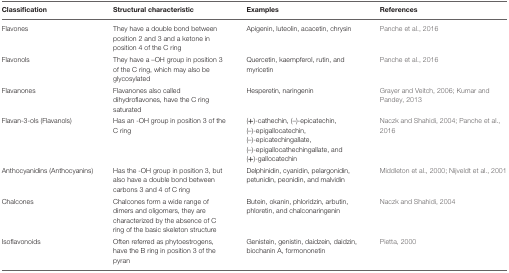
| Classification | Structural characteristic | Examples | References |
 | --- | --- | --- | --- |
 | Flavones | They have a double bond between position 2 and 3 and a ketone in position 4 of the C ring | Apigenin, luteolin, acacetin, chrysin | Panche et al., 2016 |
 | Flavonols | They have a –OH group in position 3 of the C ring, which may also be glycosylated | Quercetin, kaempferol, rutin, and myricetin | Panche et al., 2016 |
 | Flavanones | Flavanones also called dihydroflavones, have the C ring saturated | Hesperetin, naringenin | Grayer and Veitch, 2006; Kumar and Pandey, 2013 |
 | Flavan-3-ols (Flavanols) | Has an -OH group in position 3 of the C ring | (+)-cathechin, (–)-epicatechin, (–)-epigallocatechin, (–)-epicatechingallate, (–)-epigallocathechingallate, and (+)-gallocatechin | Naczk and Shahidi, 2004; Panche et al., 2016 |
 | Anthocyanidins (Anthocyanins) | Has the -OH group in position 3, but also have a double bond between carbons 3 and 4 of C ring | Delphinidin, cyanidin, pelargonidin, petunidin, peonidin, and malvidin | Middleton et al., 2000; Nijveldt et al., 2001 |
 | Chalcones | Chalcones form a wide range of dimers and oligomers, they are characterized by the absence of C ring of the basic skeleton structure | Butein, okanin, phloridzin, arbutin, phloretin, and chalconaringenin | Naczk and Shahidi, 2004 |
 | Isoflavonoids | Often referred as phytoestrogens, have the B ring in position 3 of the pyran | Genistein, genistin, daidzein, daidzin, biochanin A, formononetin | Pietta, 2000 |